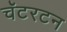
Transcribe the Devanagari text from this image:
चॅटरटन